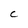
Character: C